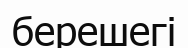
берешегі